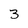
Character: 3